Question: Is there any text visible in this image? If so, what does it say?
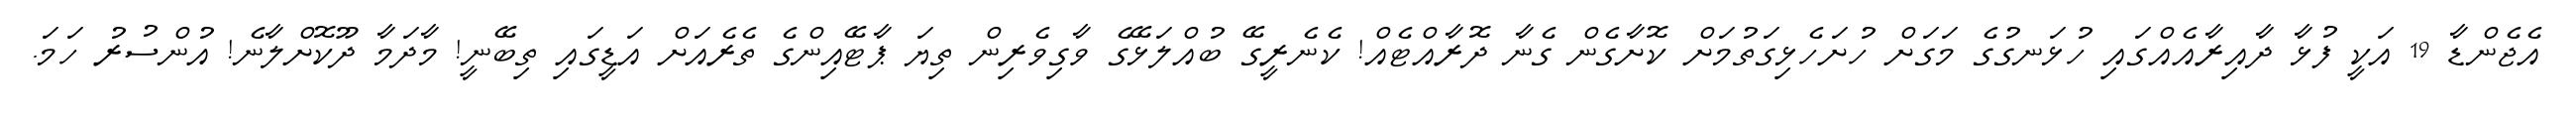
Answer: އެޖެންޑާ 19 އަކީ ފުޅާ ދާއިރާއެއްގައި ހުޅަނގުގެ މަގަށް ހުށަހެޅިގަތުމަށް ކޮށާގެން ގެނާ ދޮރާއްޓެއް! ކެނެރީގޭ ބުއްލަޅޭގެ ވާގިވެރިން ތިޔަ ޕާޓޭއިންގެ ތެރެއަށް އަޑީގައި ތިބޭނީ! މާދަމާ ދޫކޮށްލާނެ! އުންސުރު ހަމަ.